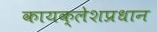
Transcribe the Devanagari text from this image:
कायक्लेशप्रधान